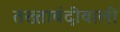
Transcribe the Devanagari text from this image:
तख्ताबंदीवाली